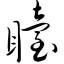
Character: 眙